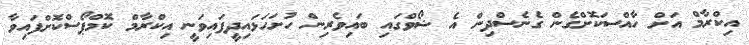
އިކްރާމް އަށް ހާއްސަކޮށްގެން ގެނެސްދިން އެ ޝޯވްގައި ބައިވެރިން ހުށަހަޅައިދީފައިވަނީ އިކްރާމް ކޮމްޕޯސްކޮށްފައިވާ